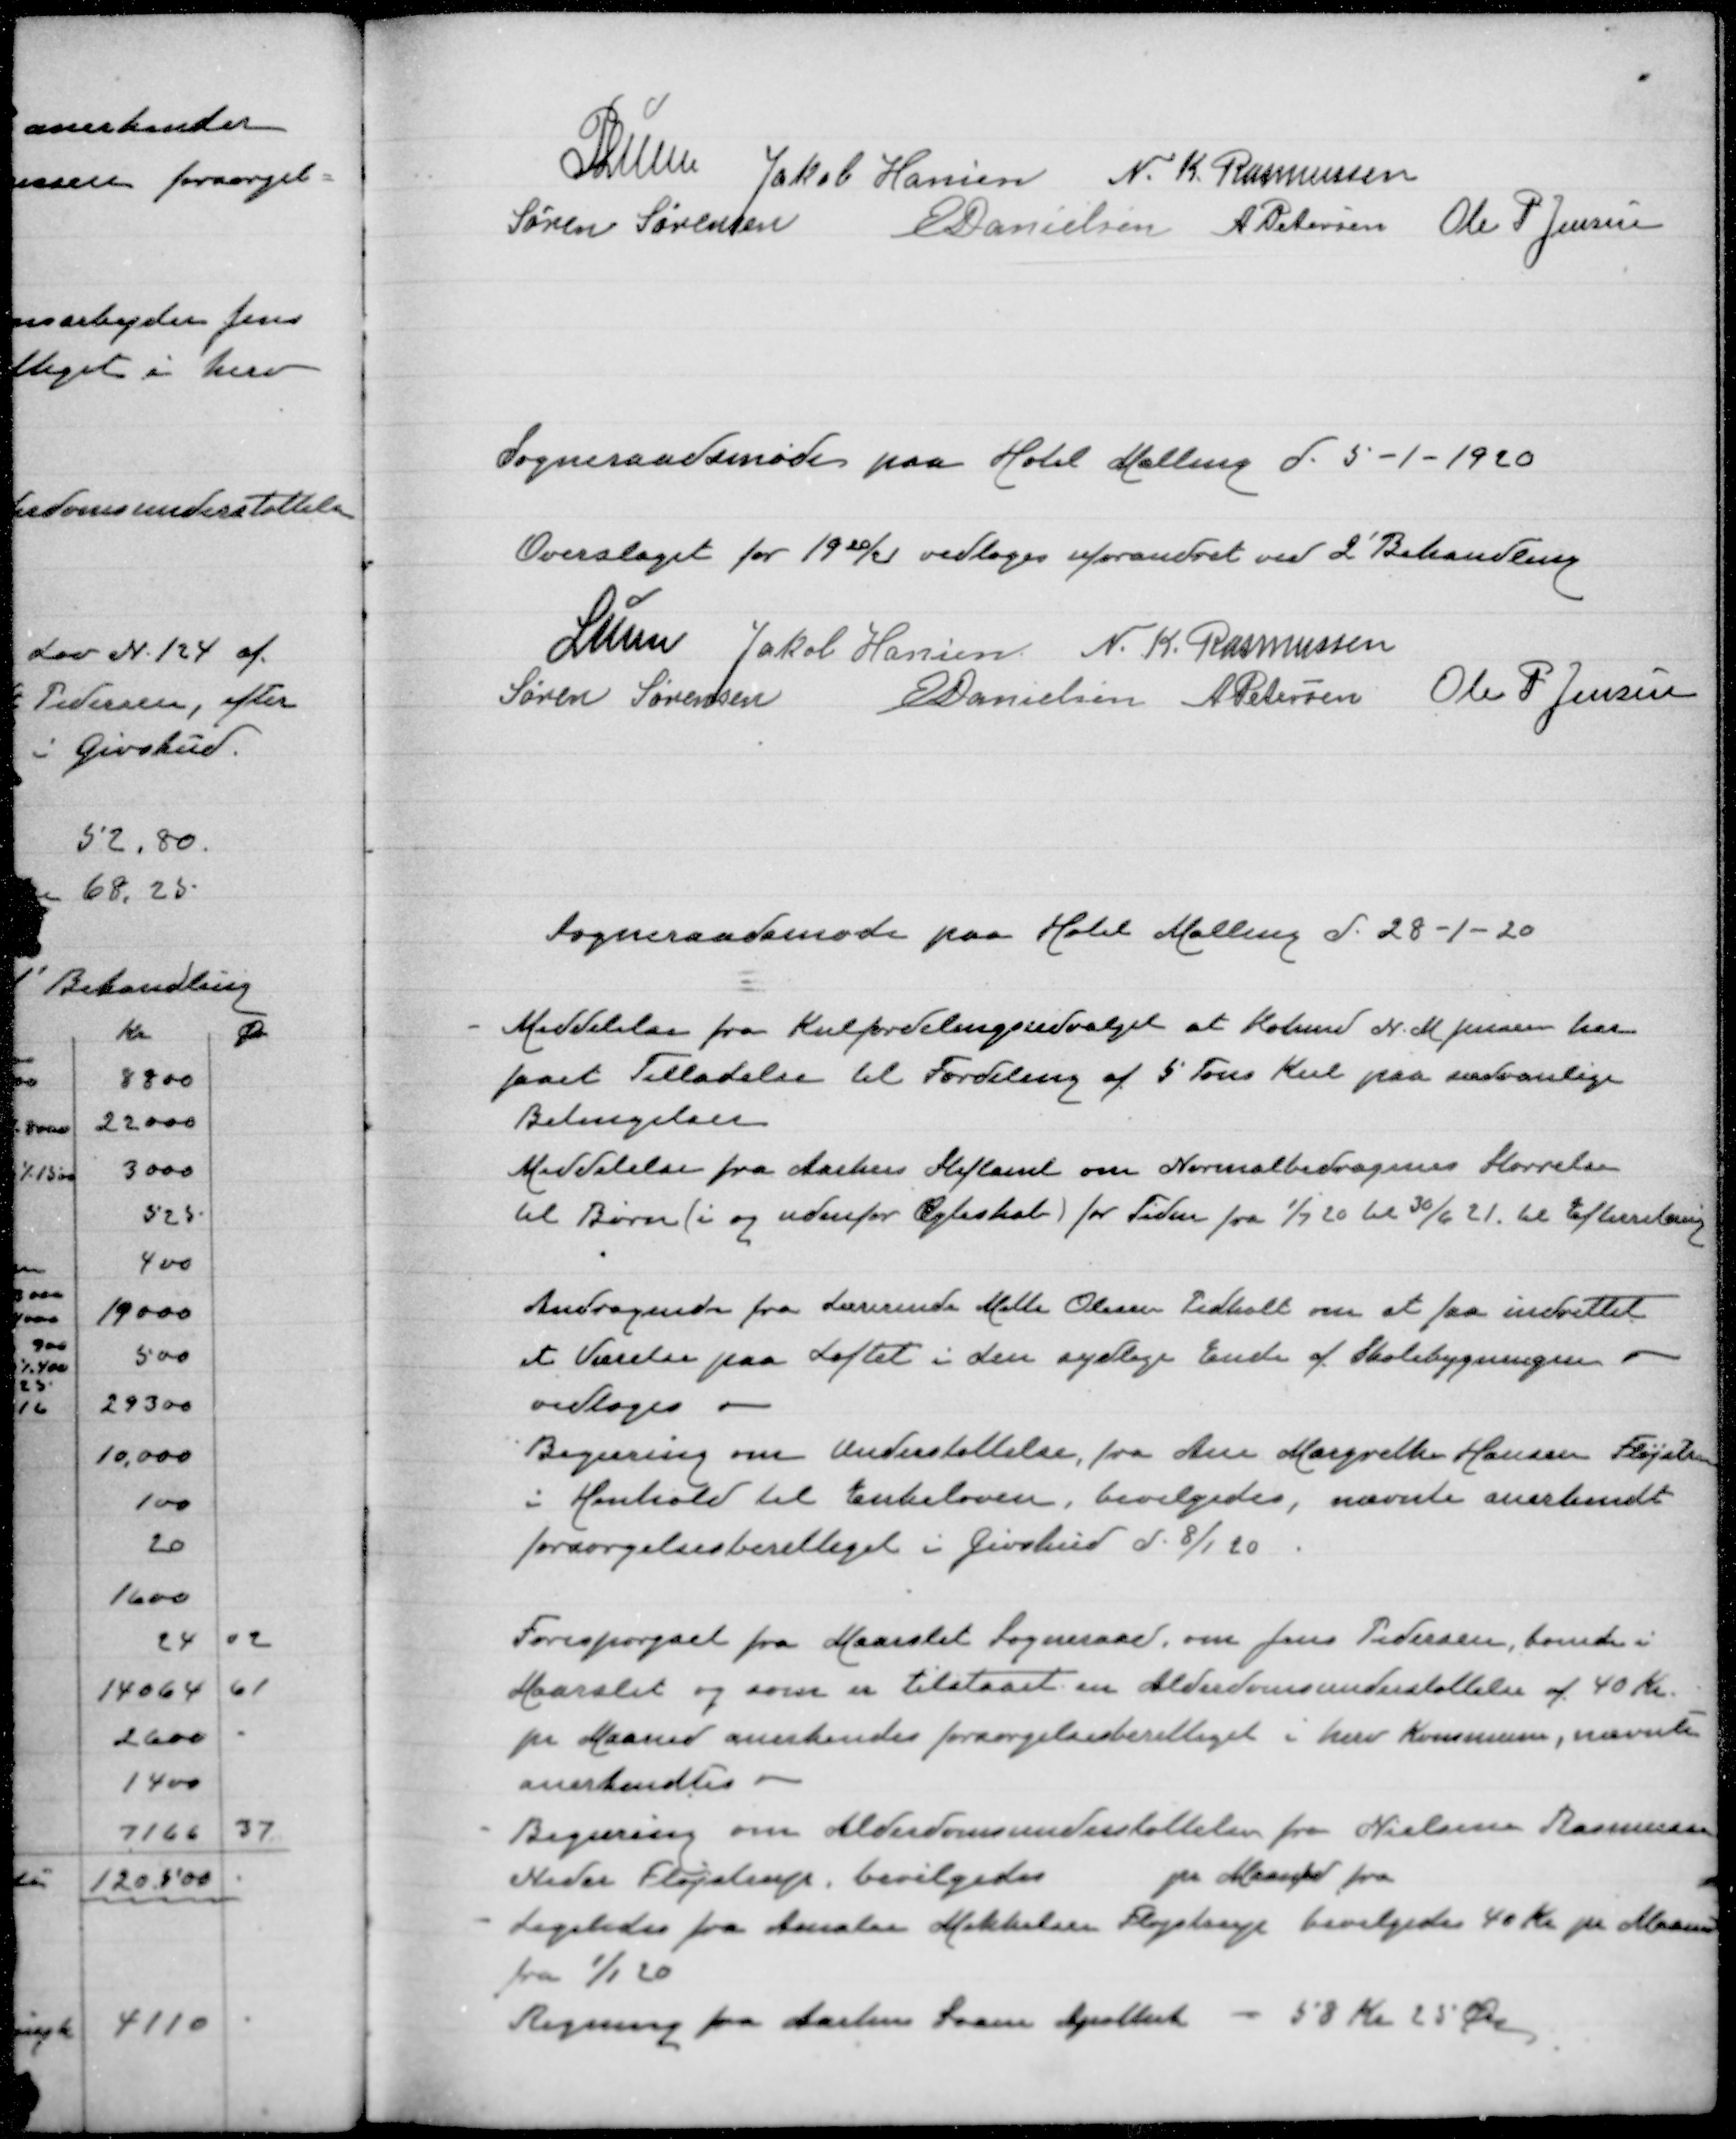
Transskription:
P.Lunn
Jakob Hansen
N. K. Rasmussen
Søren Sørensen
E Danielsen
A Petersen
Ole P Jensen

Sogneraadsmøde paa Hotel Malling d. 5-1-1920

Overslaget for 1920/21 vedtoges uforandret ved 2' Behandling

Lunn
Jakob Hansen
N. K. Rasmussen
Søren Sørensen
E Danielsen
A Petersen
Ole P Jensen

Sogneraadsmøde paa Hotel Malling d. 28-1-20

Meddelelse fra Kulfordelingsudvalget at Købmd N. M. Jensen har
faaet Tilladelse til Fordeling af 5 Tons Kul paa sædvanlige
Betingelser
Meddelelse fra Aarhus Stiftamt om Normalbidragenes Størrelse
til Børn (i og udenfor Ægteskab) for Tiden fra 1/9 20 til 30/6 21 til Efterretning

Andragende fra Lærerinde Mette Olesen Pedholt om at faa indrettet
et værelse paa Loftet i den sydlige Ende af Skolebygningen
vedtoges
Begæring om understøttelse, fra Ane Margrethe Hansen Fløjstrup
i Henhold til Enkeloven, bevilgedes, nævnte anerkendt
forsørgelsesberettiget i Givskud d. 8/1 20

Forespørgsel fra Maarslet Sogneraad, om Jens Pedersen, boende i
Maarslet og som er tilstaaet en Alderdomsunderstøttelse af 40 Kr
pr Maaned anerkendes forsørgelsesberettiget i hver Kommune, nævnte
anerkendtes
Begæring om Alderdomsunderstøttelse fra Nielsine Rasmussen
Neder Fløjstrup bevilgedes
pr Maarslet fra
Ligeledes fra  Mikkelsen Fløjstrup bevilgedes 40 Kr pr Maaned
fra 1/1 20
Regning fra Aarhus Svane Apothek - 58 Kr 25 Øre